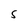
Character: S